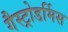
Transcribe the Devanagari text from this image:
गैस्ट्रोडर्मिस